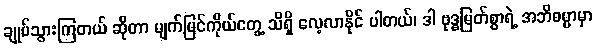
ချုပ်သွားကြတယ် ဆိုတာ မျက်မြင်ကိုယ်တွေ့ သိရှိ လေ့လာနိုင် ပါတယ်၊ ဒါ ဗုဒ္ဓမြတ်စွာရဲ့ အဘိဓမ္မာမှာ